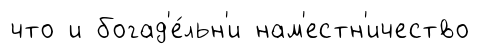
что и богад'е́льн'и нам'естн'ичество